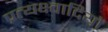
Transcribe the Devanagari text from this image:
प्रत्यक्ष्वादियों